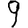
Digit: 9